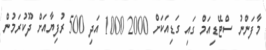
މާފަންނު ސްޓޭޑިއަމް ގައި ގަޑިއަކަށް 2000 1000 އަދި 500 ރުފިޔާއަށް ދޫކުރަމުން